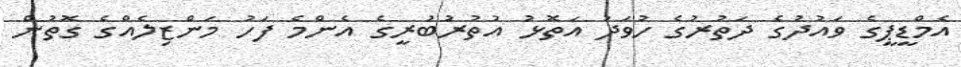
އެމްޑީޕީގެ ވައުދުގެ ދަތުރުގެ ހުވަދު އަތޮޅު އުތުރުބުރީގެ އެންމެ ފަހު މަންޒިލެއްގެ ގޮތުން